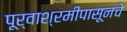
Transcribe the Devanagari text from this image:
पूर्वाश्रमीपासूनचे